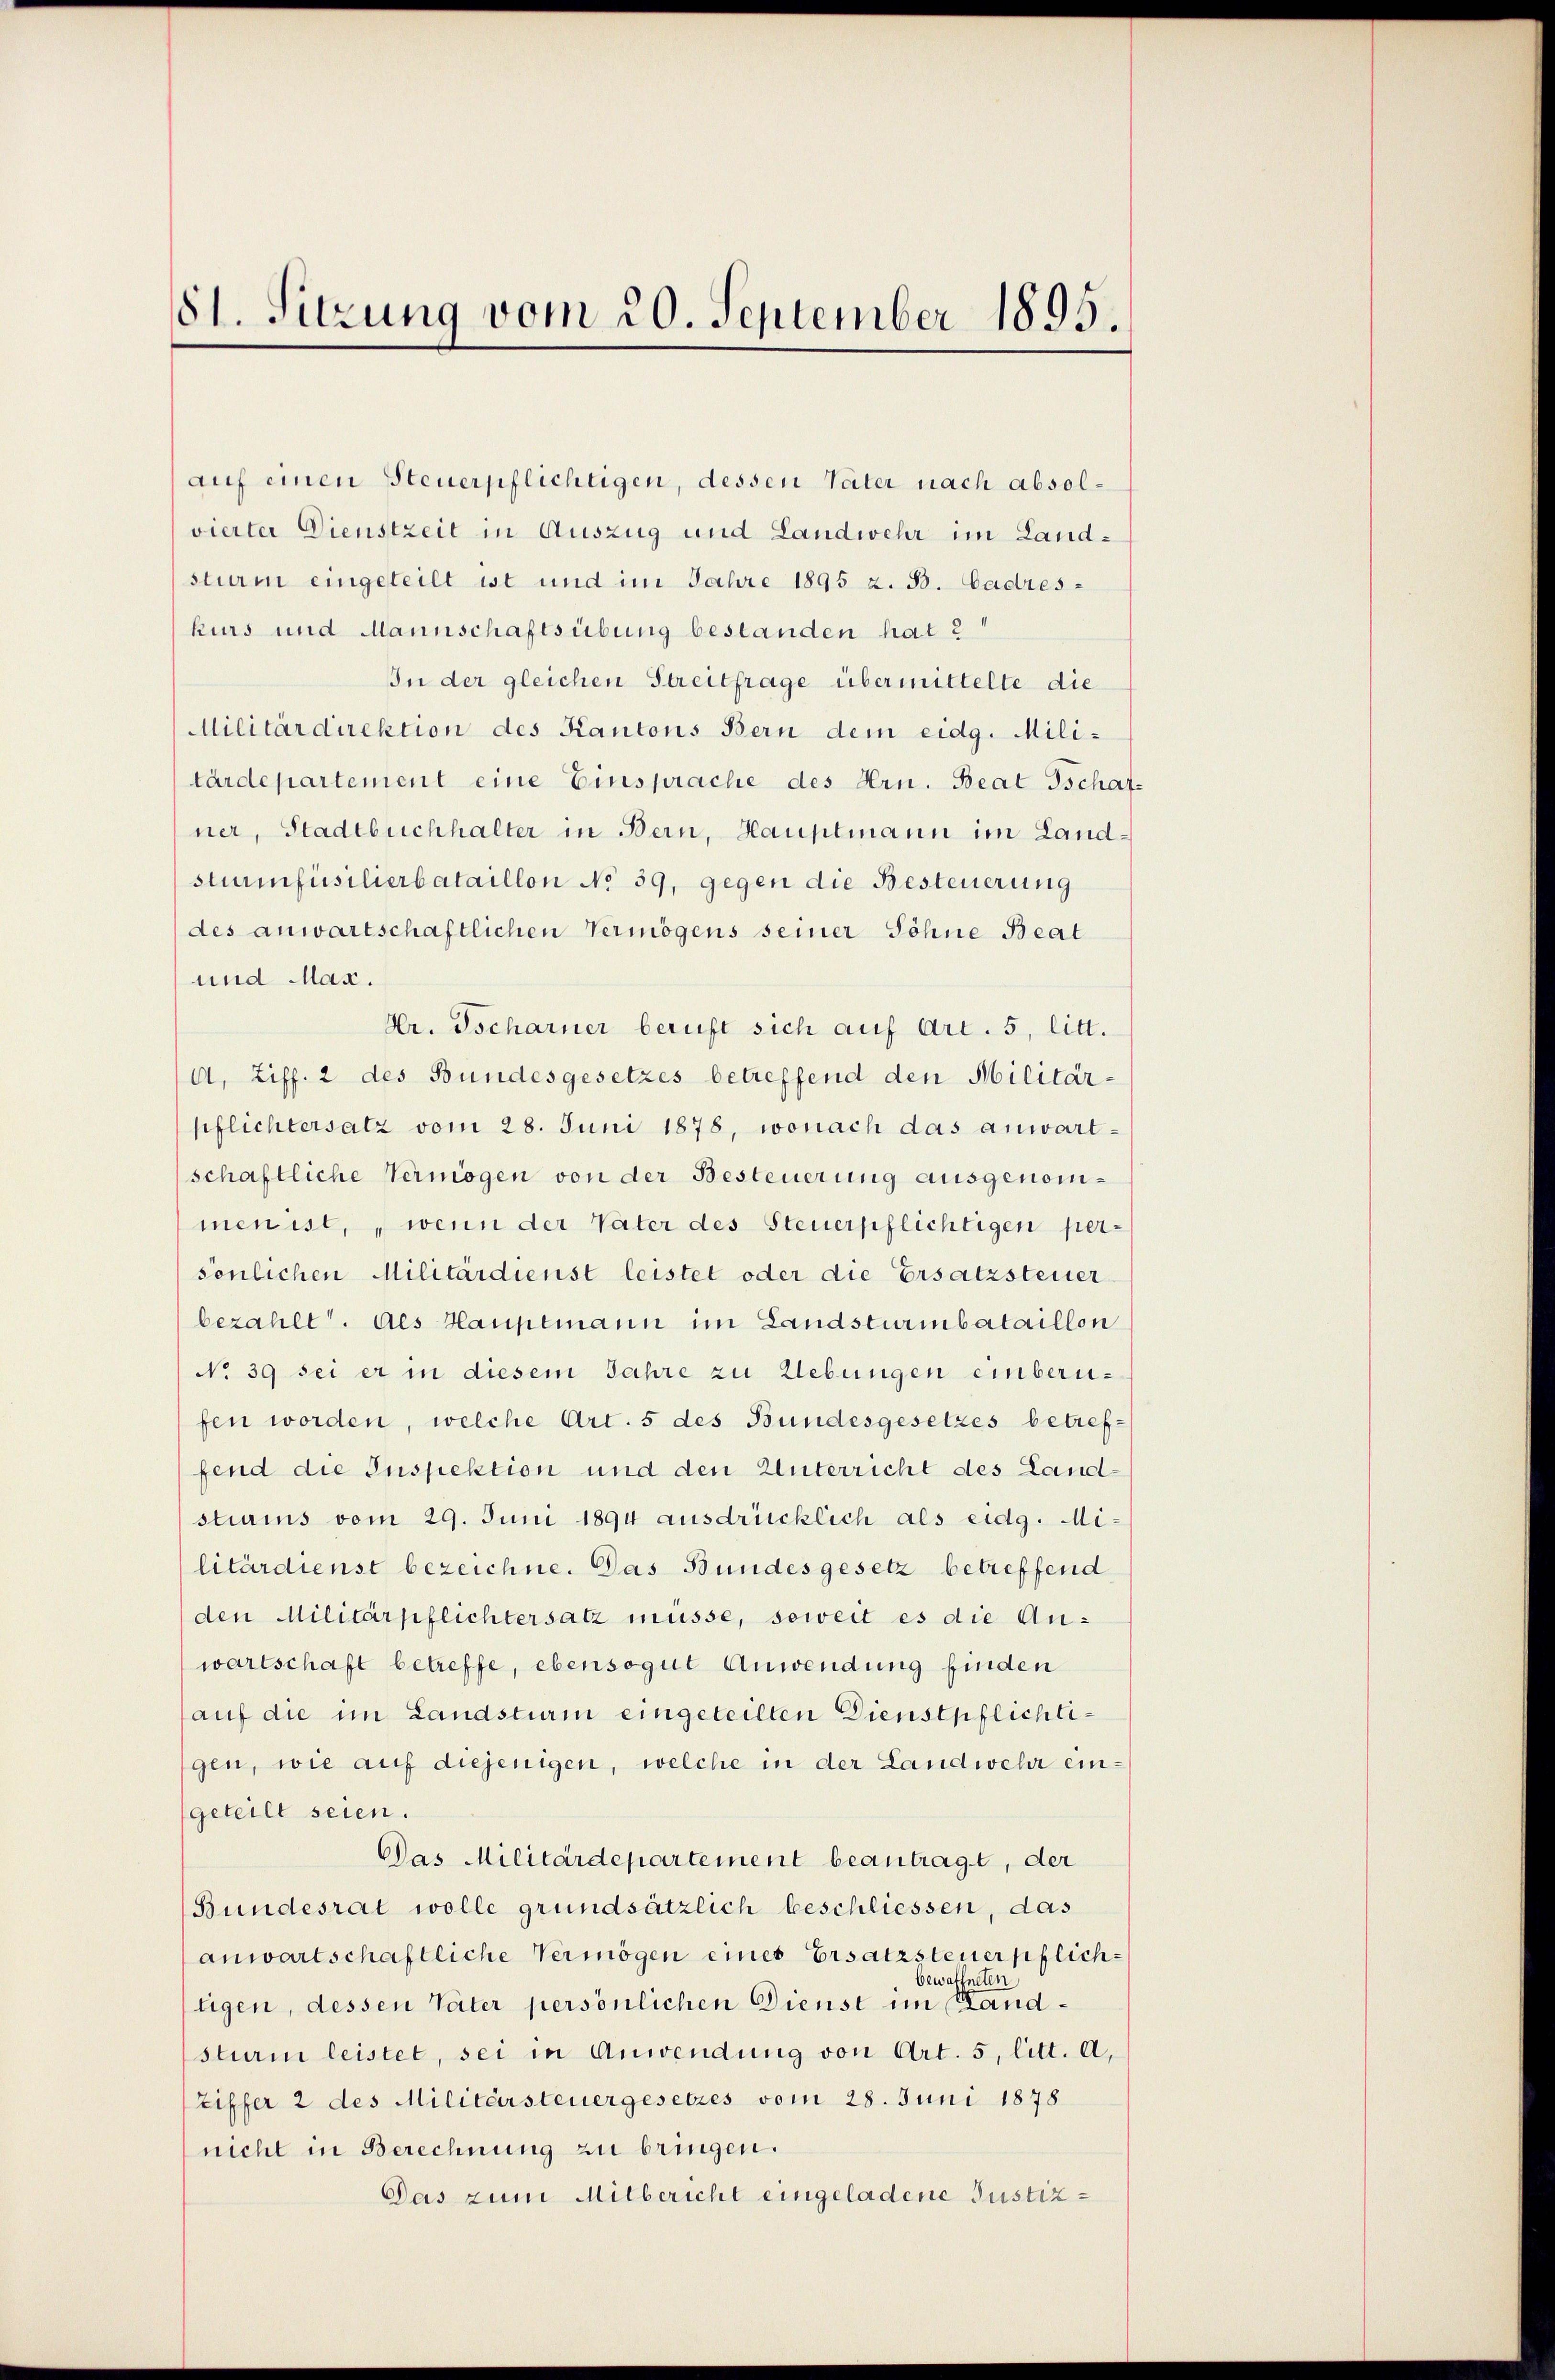
81. Sitzung vom 20. September 1895.

auf einen Steuerpflichtigen, dessen Vater nach absolvierter Dienstzeit in Auszug und Landwehr im Landsturm eingeteilt ist und im Jahre 1895 z. B. Gadreskurs und Mannschaftsübung bestanden hat 2
In der gleichen Streitfrage übermittelte die
Militärdirektion des Kantons Bern dem eidg. Militärdepartement eine Einsprache des Hrn. Beat Tschaf-
ner, Stadtbuchhalter in Bern, Hauptmann im Landstumfüsilierbataillon No 39, gegen die Besteuerung
des anwartschaftlichen Vermögens seiner Söhne Beat
und Mar.
Dr. Tscharner beruft sich auf Art. 5, litt.
d. Ziff. 2 des Bundesgesetzes betreffend den Militär-
pflichtersatz vom 28. Juni 1878, wonach das anwartschaftliche Vermögen von der Besteuerung ausgenommen ist, wenn der Vater des Steuerpflichtigen persönlichen Militärdienst leistet oder die Ersatzsteuer
bezahlt. des Hauptmann im Landsturmnbataillon
No 39 sei er in diesem Jahre zu Uebungen einberufen worden, welche Art. 5 des Bundesgesetzes betreffend die Inspektion und den Unterricht des Landstiums vom 29. Juni 1894 ausdrücklich als eidg. Militärdienst bezeichne. Das Bundesgesetz betreffend
den Militärpflichtersatz müsse, soweit es die Anwartschaft betreffe, ebensogut Anwendung finden
auf die im Landsturm eingeteilten Dienstpflichtigen, wie auf diejenigen, welche in der Landwehr eingeteilt seien.
Das Militärdepartement beantragt, der
Bundesrat wolle grundsätzlich beschliessen, das
anwartschaftliche Vermögen eines Ersatzsteuerpflichbewaffneten
tigen, dessen Vater persönlichen Dienst im Sandsturm leistet, sei in Anwendung von Art. 5, litt. a,
Ziffer 2 des Militärsteuergesetzes vom 28. Juni 1878
nicht in Berechnung zu bringen.
Das zum Mitbericht eingeladene Justiz-